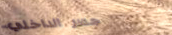
جسر الداخلي